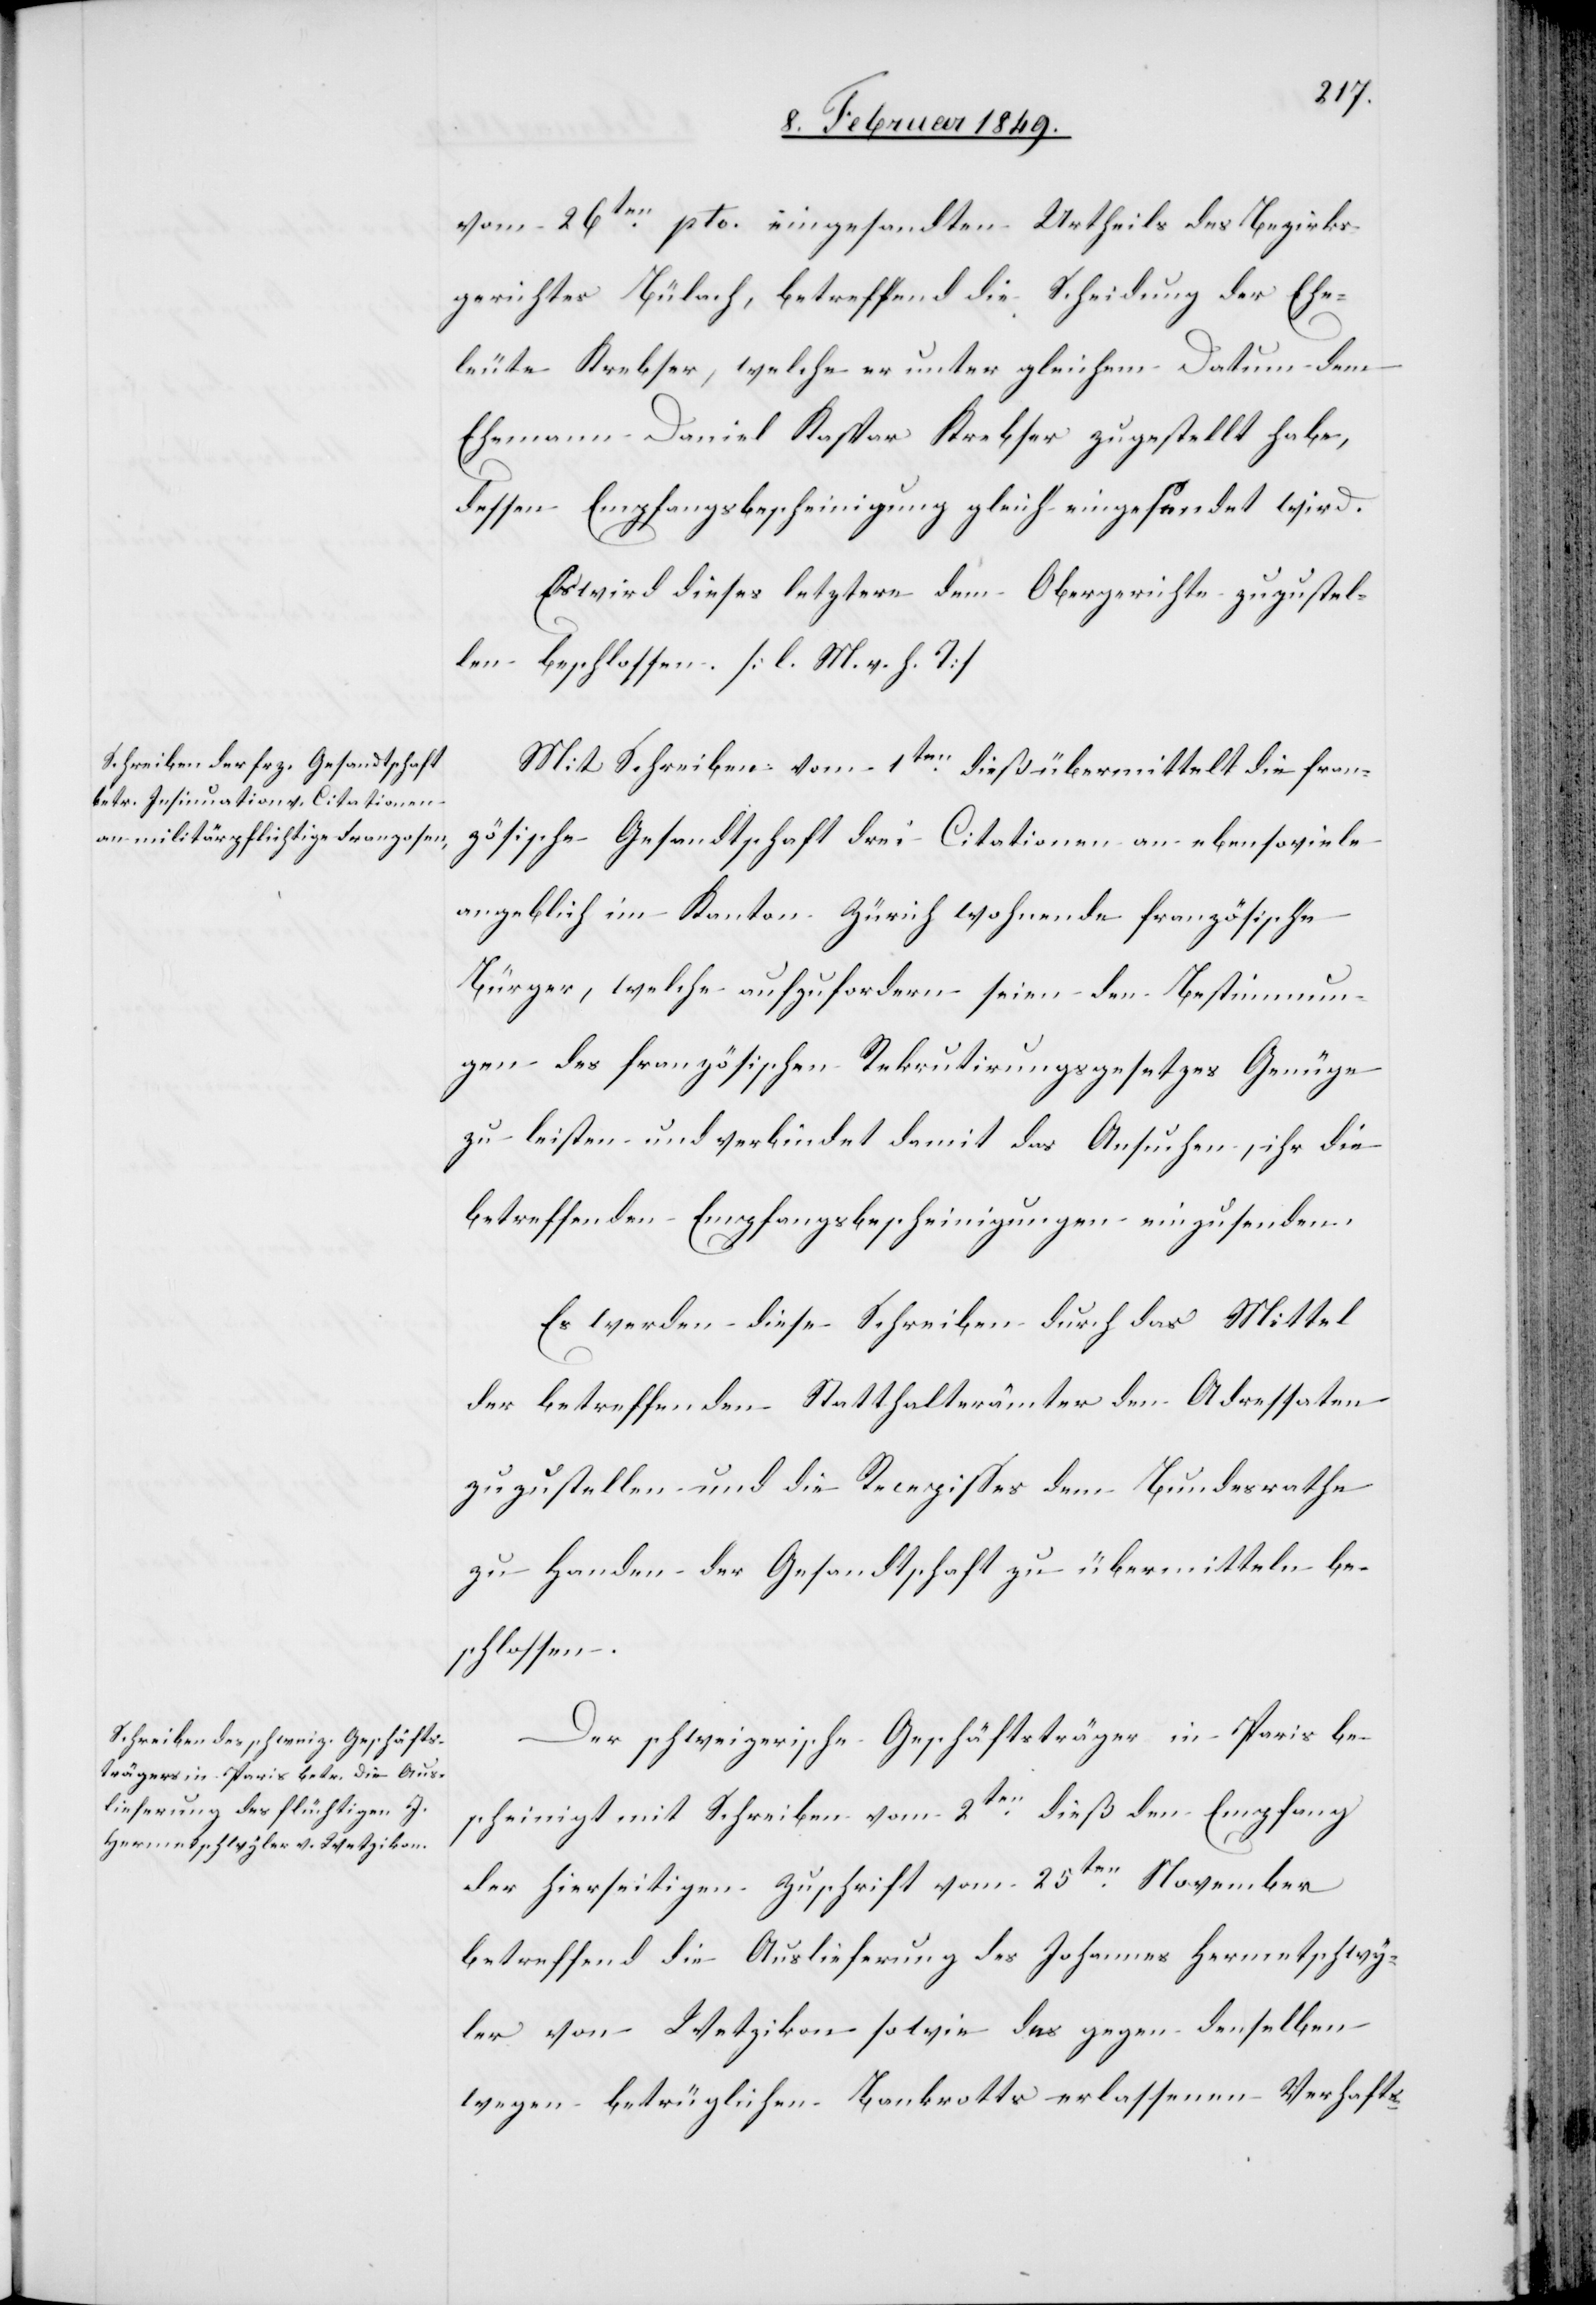
vom 26ten. pto. eingesandten Urtheils des Bezirks¬
gerichtes Bülach, betreffend die Scheidung der Ehe¬
leute Krebser, welche er unter gleichem Datum dem
Ehemann Daniel Kaspar Krebser zugestellt habe,
dessen Empfangsbescheinigung gleich eingesendet wird.
Es wird dieses letztere dem Obergerichte zuzustel¬
len beschlossen. [l. M. v. h. T]
Mit Schreiben vom 1ten. dieß übermittelt die fran¬
zösische Gesandtschaft drei Citationen an ebensoviele
angeblich im Kanton Zürich wohnende französische
Bürger, welche aufzufordern seien den Bestimmun¬
gen des französischen Rekrutirungsgesetzes Genüge
zu leisten und verbindet damit das Ansuchen, ihr die
betreffenden Empfangsbescheinigungen einzusenden.
Es werden diese Schreiben durch das Mittel
der betreffenden Statthalterämter den Adressaten
zuzustellen und die Recepisses dem Bundesrathe
zu Handen der Gesandtschaft zu übermitteln be¬
schlossen.
Der schweizerische Geschäftsträger in Paris be¬
scheinigt mit Schreiben vom 2ten. dieß den Empfang
der hierseitigen Zuschrift vom 25ten. November
betreffend die Auslieferung des Johannes Hermetschwy¬
ler von Wetzikon sowie des gegen denselben
wegen betrüglichen Bankrotts erlassenen Verhafts-